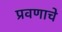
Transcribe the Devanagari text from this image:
प्रवणाचे